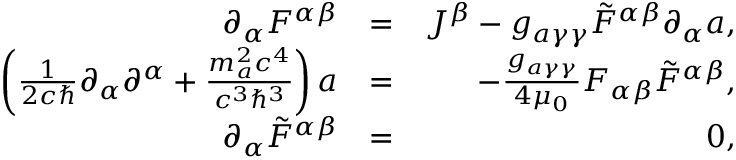
\begin{array} { r l r } { \partial _ { \alpha } F ^ { \alpha \beta } } & { = } & { J ^ { \beta } - g _ { a \gamma \gamma } \tilde { F } ^ { \alpha \beta } \partial _ { \alpha } a , } \\ { \left( \frac { 1 } { 2 c \hbar } \partial _ { \alpha } \partial ^ { \alpha } + \frac { m _ { a } ^ { 2 } c ^ { 4 } } { c ^ { 3 } \hbar ^ { 3 } } \right) a } & { = } & { - \frac { g _ { a \gamma \gamma } } { 4 \mu _ { 0 } } F _ { \alpha \beta } \tilde { F } ^ { \alpha \beta } , } \\ { \partial _ { \alpha } \tilde { F } ^ { \alpha \beta } } & { = } & { 0 , } \end{array}